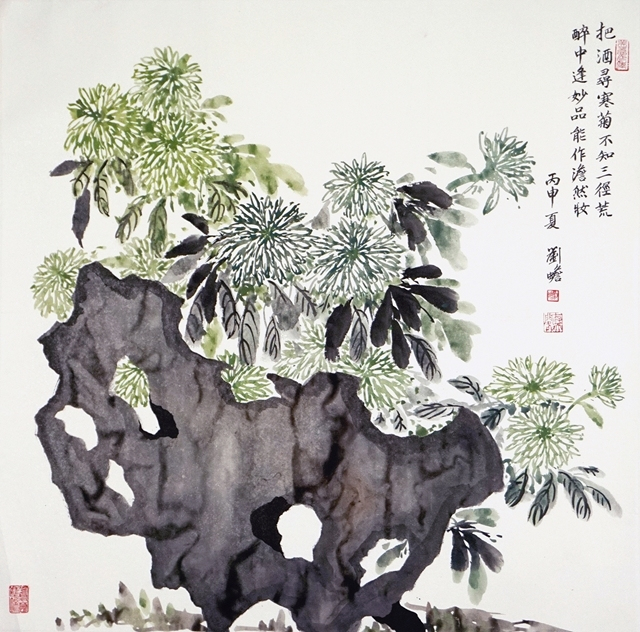
天与秋光，转转情伤，探金英知近重阳。